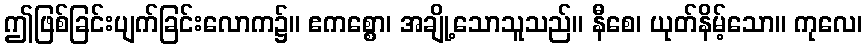
ဤဖြစ်ခြင်းပျက်ခြင်းလောက၌။ ဧကစ္စော၊ အချို့သောသူသည်။ နီစေ၊ ယုတ်နိမ့်သော။ ကုလေ၊